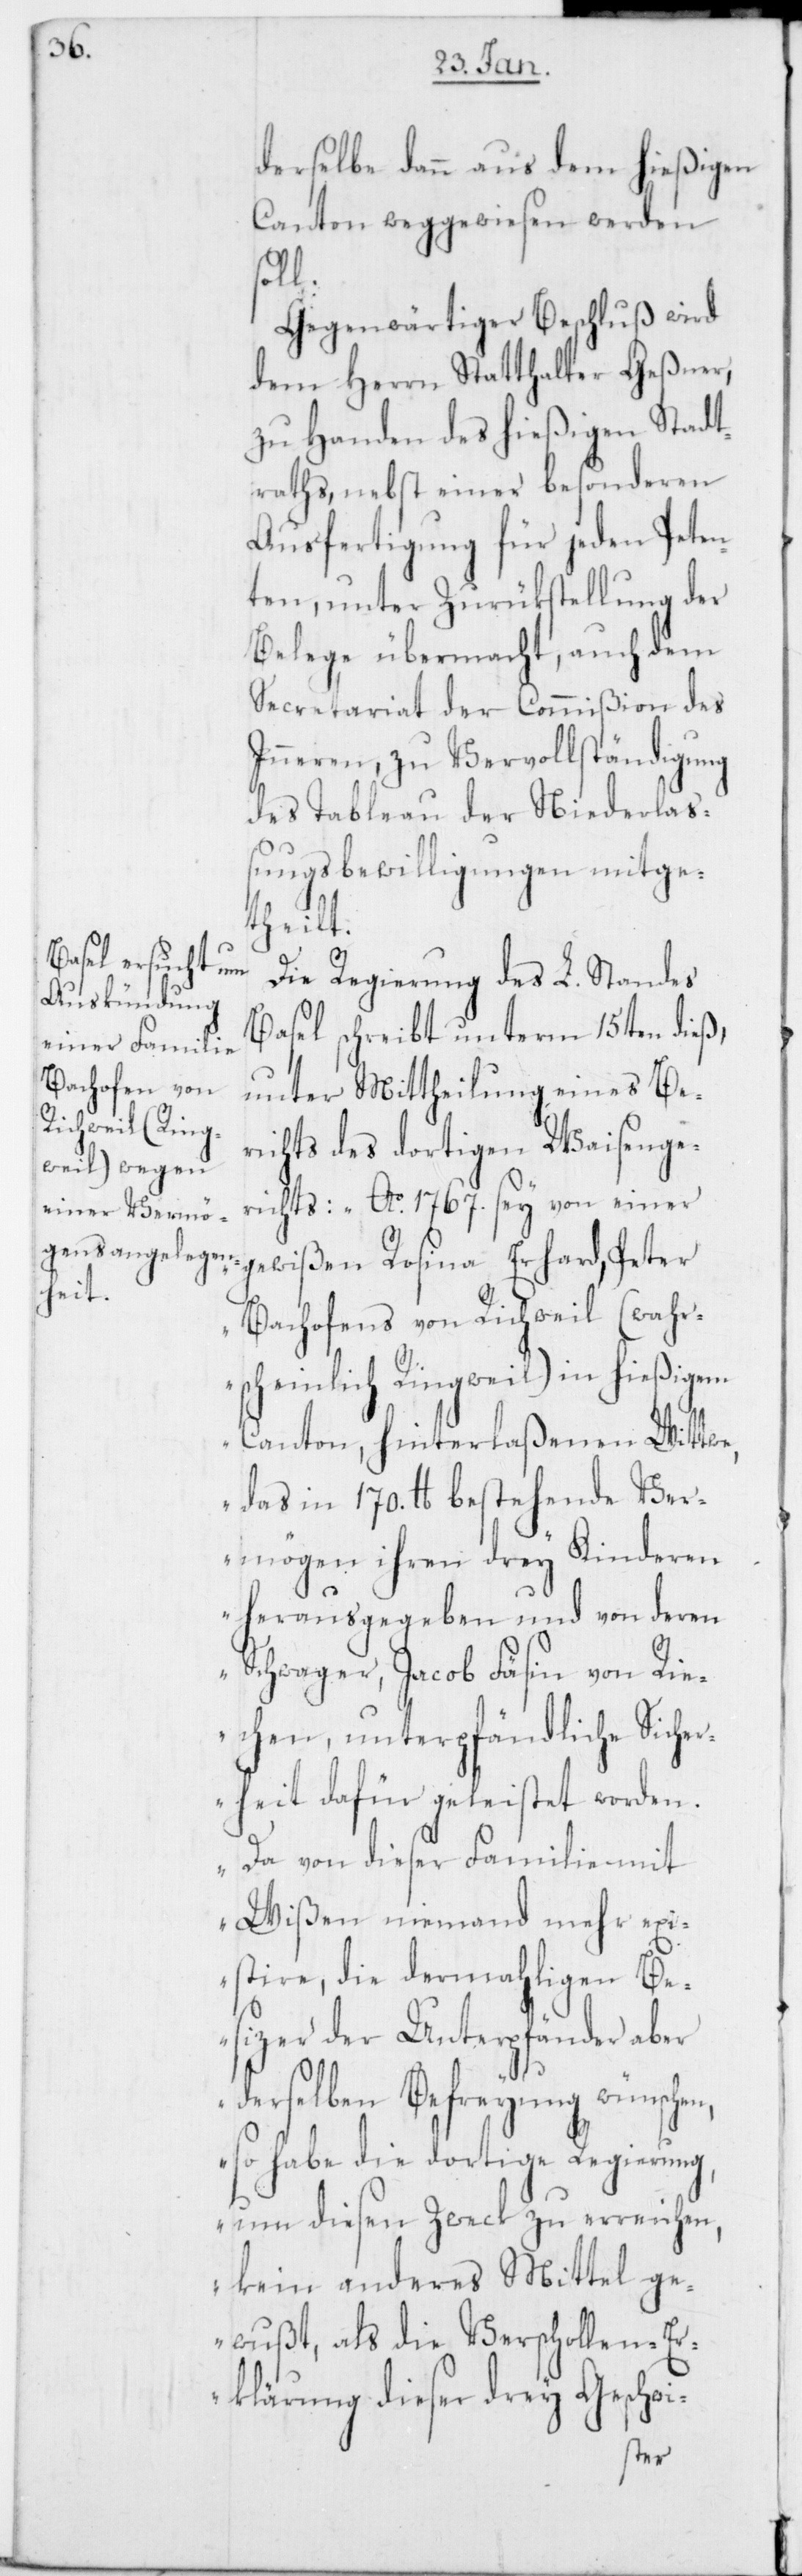
derselbe dann aus dem hießigen
Canton weggewiesen werden
soll.
Gegenwärtiger Beschluß wird
dem Herrn Statthalter Geßner,
zu Handen des hießigen Stadt¬
raths, nebst einer besonderen
Ausfertigung für jeden Peten¬
ten, unter Zurükstellung der
Belege übermacht, auch dem
Secretariat der Commißion des
Inneren, zu Vervollständigung
des Tableau der Niederlaß¬
ungsbewilligungen mitge¬
theilt.
Die Regierung des L. Standes
Basel schreibt unterm 15ten dieß,
unter Mittheilung eines Be¬
richts des dortigen Waisenge¬
richts: „Ao. 1767. sey von einer
gewißen Rosina Erhard, Peter
Bachofens von Richweil (wahr¬
scheinlich Ringweil) in hießigem
Canton, hinterlaßenen Wittwe,
das in 170. lb. bestehende Ver¬
mögen ihren drey Kinderen
herausgegeben und von deren
Schwager, Jacob Fäsin von Rie¬
hen, unterpfändliche Sicher¬
heit dafür geleistet worden.
Da von dieser Familie mit
Wißen niemand mehr exi¬
stire, die dermahligen Be¬
sizer der Unterpfänder aber
derselben Befreyung wünschen,
so habe die dortige Regierung,
um diesen Zweck zu erreichen,
kein anderes Mittel ge¬
wußt, als die Verschollen-Er¬
klärung dieser drey Geschwi-